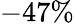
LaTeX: -47\%